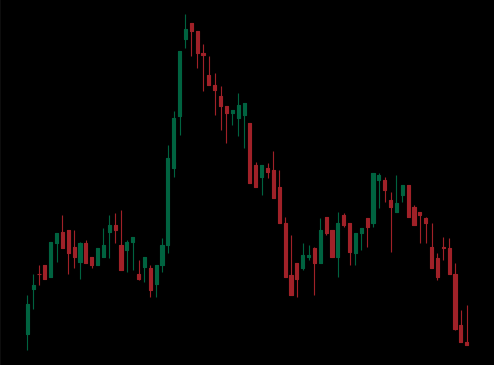
Pattern: head_shoulders